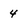
Character: 4